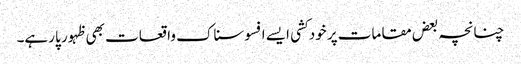
چنانچہ بعض مقامات پر خود کشی ایسے افسوسناک واقعات بھی ظہور پا رہے۔